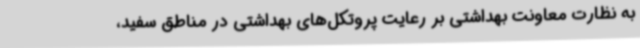
به نظارت معاونت بهداشتی بر رعایت پروتکل‌های بهداشتی در مناطق سفید،